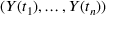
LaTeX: ( Y ( t _ { 1 } ) , \ldots , Y ( t _ { n } ) )